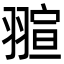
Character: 𮋌